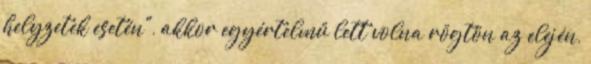
helyzetek esetén", akkor egyértelmű lett volna rögtön az elején,